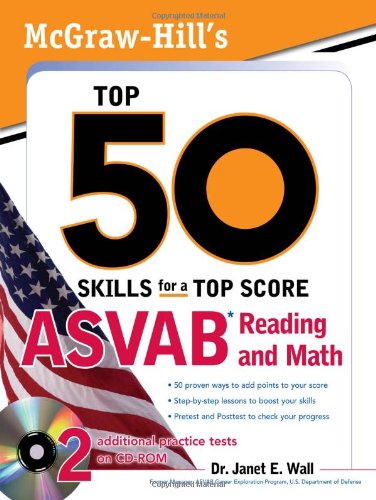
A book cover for McGraw-Hill's Top 50 Skills For A Top Score: ASVAB Reading and Math with CD-ROM; Dr. Janet Wall; Test Preparation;